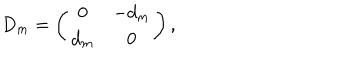
D _ { m } = \left( \begin{matrix} { { 0 } } & { { - d _ { m } } } \\ { { d _ { m } } } & { { 0 } } \\ \end{matrix} \right) ,